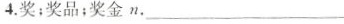
4.奖；奖品；奖金n.___